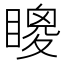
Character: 𥊙